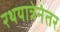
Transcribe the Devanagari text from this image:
रथयात्रेनंतर